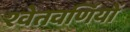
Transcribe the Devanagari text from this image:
श्वेतवर्णियों